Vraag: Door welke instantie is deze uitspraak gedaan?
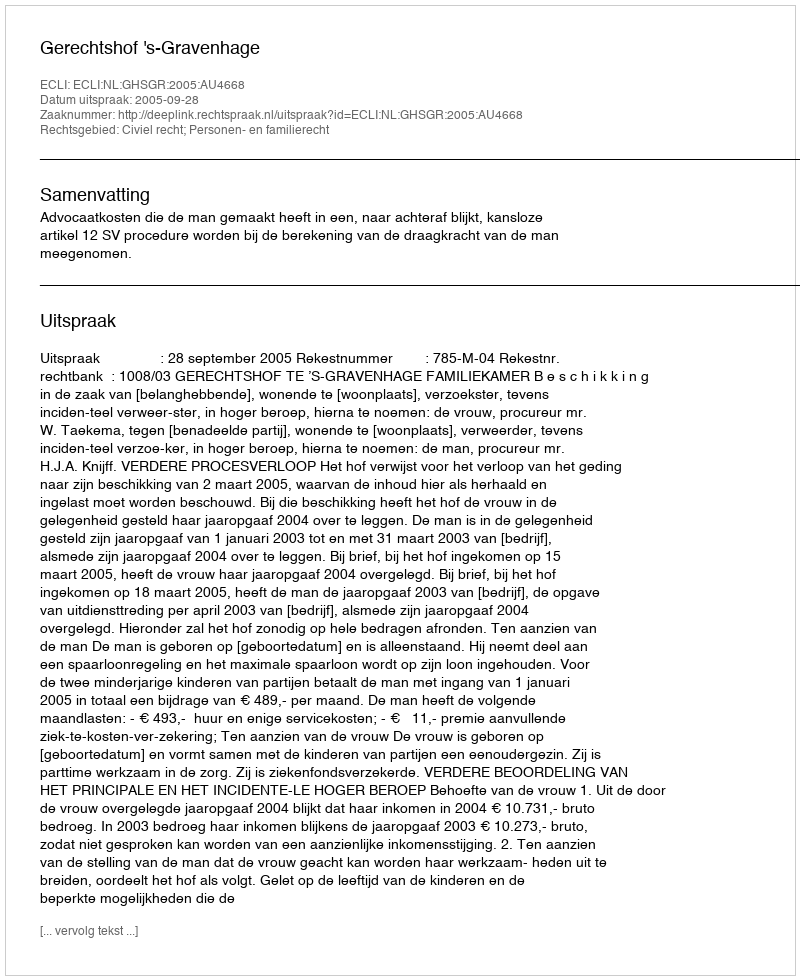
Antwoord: Gerechtshof 's-Gravenhage